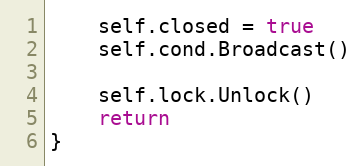
Language: Go
	self.closed = true
	self.cond.Broadcast()

	self.lock.Unlock()
	return
}